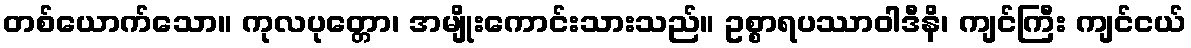
တစ်ယောက်သော။ ကုလပုတ္တော၊ အမျိုးကောင်းသားသည်။ ဥစ္စာရပဿာဝါဒီနိ၊ ကျင်ကြီး ကျင်ငယ်